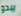
يبدو